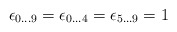
\begin{align*}\epsilon _{0\ldots 9}=\epsilon _{0\ldots 4}=\epsilon _{5\ldots 9}=1\end{align*}